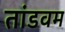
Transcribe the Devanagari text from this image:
तांडवम